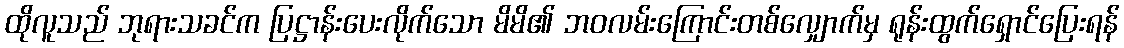
ထိုလူသည် ဘုရားသခင်က ပြဋ္ဌာန်းပေးလိုက်သော မိမိ၏ ဘဝလမ်းကြောင်းတစ်လျှောက်မှ ရုန်းထွက်ရှောင်ပြေးရန်